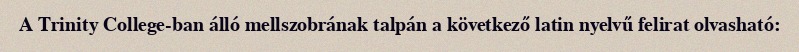
A Trinity College-ban álló mellszobrának talpán a következő latin nyelvű felirat olvasható: